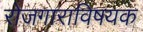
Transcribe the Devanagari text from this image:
रोजगाराविषयक